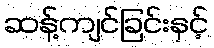
ဆန့်ကျင်ခြင်းနှင့်